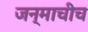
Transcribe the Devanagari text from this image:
जन्माचीच